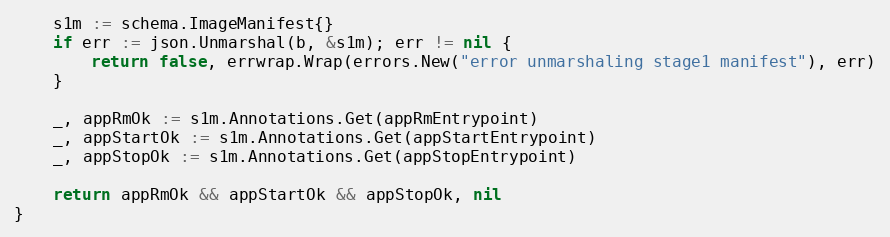
Language: Go
	s1m := schema.ImageManifest{}
	if err := json.Unmarshal(b, &s1m); err != nil {
		return false, errwrap.Wrap(errors.New("error unmarshaling stage1 manifest"), err)
	}

	_, appRmOk := s1m.Annotations.Get(appRmEntrypoint)
	_, appStartOk := s1m.Annotations.Get(appStartEntrypoint)
	_, appStopOk := s1m.Annotations.Get(appStopEntrypoint)

	return appRmOk && appStartOk && appStopOk, nil
}